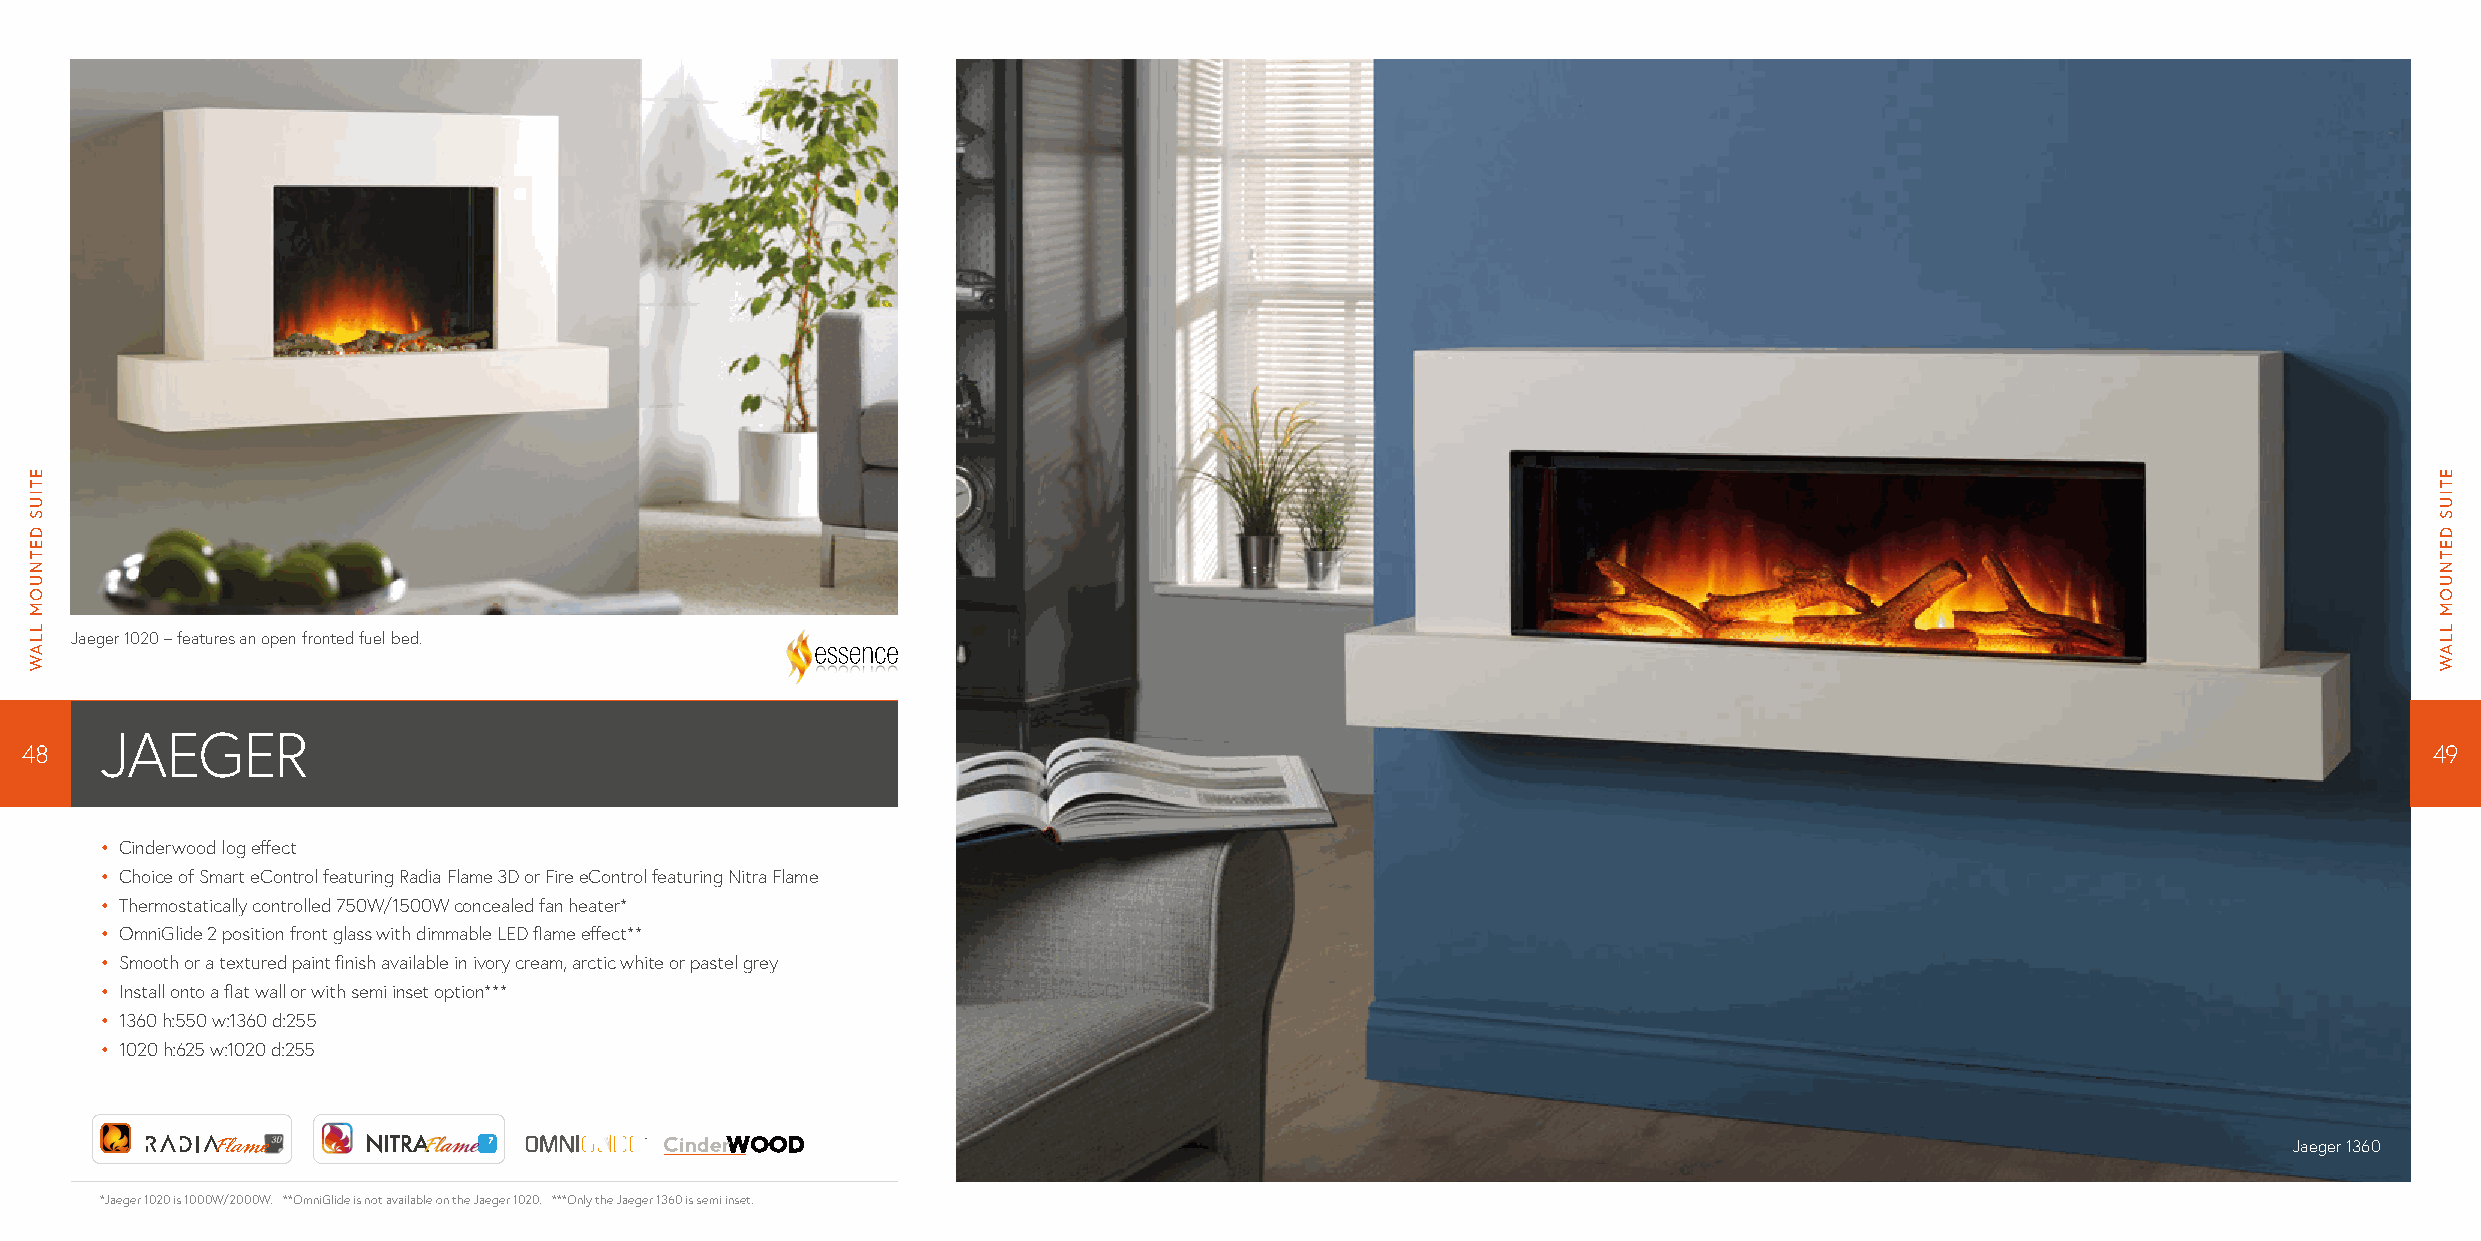
Jaeger 1020 – features an open fronted fuel bed.
 JAEGER
 48                                                                                                                                                              49
 • C inderwood log effect
 • C hoice of Smart eControl featuring Radia Flame 3D or Fire eControl featuring Nitra Flame
 • T hermostatically controlled 750W/1500W concealed fan heater*
 • O mniGlide 2 position front glass with dimmable LED flame effect**
 • S mooth or a textured paint finish available in ivory cream, arctic white or pastel grey
 • I nstall onto a flat wall or with semi inset option***
 • 1 360 h:550 w:1360 d:255
 • 1 020 h:625 w:1020 d:255
 Jaeger 1360
 *Jaeger 1020 is 1000W/2000W. **OmniGlide is not available on the Jaeger 1020. ***Only the Jaeger 1360 is semi inset.
 ETIUS
 DETNUOM
 LLAW
 ETIUS
 DETNUOM
 LLAW